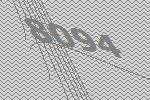
8094